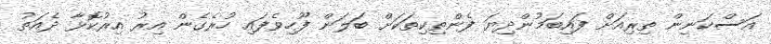
އަސްކަނިން ތިރިއަށް ފައިބަމުންދިޔަ ފެންތިކިތަކަށް ބަލަން ފޫހިވެފައި ހުރެގެން އިރު އިރުކޮޅާ ދެއަތު